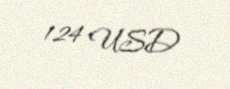
124 USD